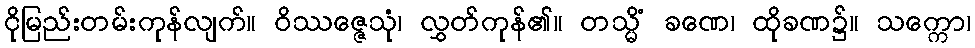
ငိုမြည်းတမ်းကုန်လျက်။ ဝိဿဇ္ဇေသုံ၊ လွှတ်ကုန်၏။ တသ္မိံ ခဏေ၊ ထိုခဏ၌။ သက္ကော၊